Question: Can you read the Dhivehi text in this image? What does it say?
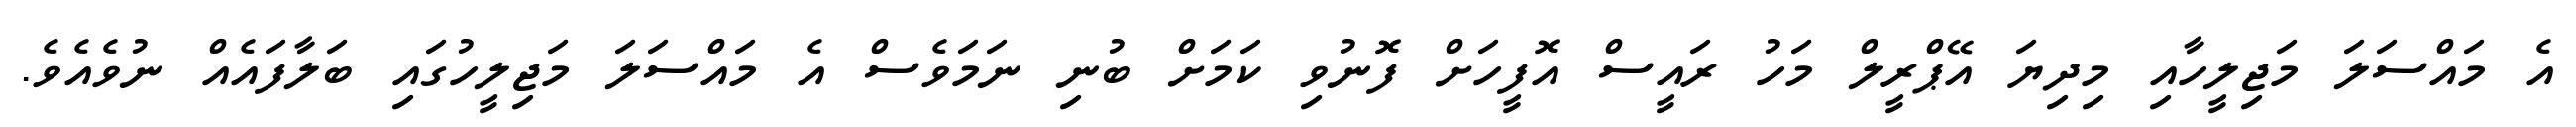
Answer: އެ މައްސަލަ މަޖިލީހާއި މިދިޔަ އޭޕްރީލް މަހު ރައީސް އޮފީހަށް ފޮނުވި ކަމަށް ބުނި ނަމަވެސް އެ މައްސަލަ މަޖިލީހުގައި ބަލާފައެއް ނުވެއެވެ.